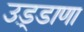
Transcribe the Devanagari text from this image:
उड़्डाणा